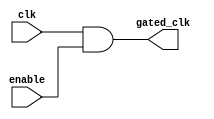
module ClockGatingCell (
    input wire clk,          // Main clock
    input wire enable,       // Enable signal
    output wire gated_clk    // Gated clock output
);
    // Gated clock logic
    assign gated_clk = clk & enable; // AND operation for clock gating
endmodule